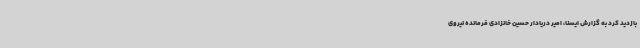
بازدید کرد به گزارش ایسنا، امیر دریادار حسین خانزادی فرمانده نیروی